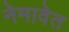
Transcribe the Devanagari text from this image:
नेमावेत